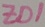
Text: ZD1